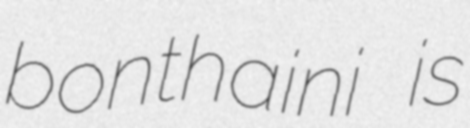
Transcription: bonthaini is